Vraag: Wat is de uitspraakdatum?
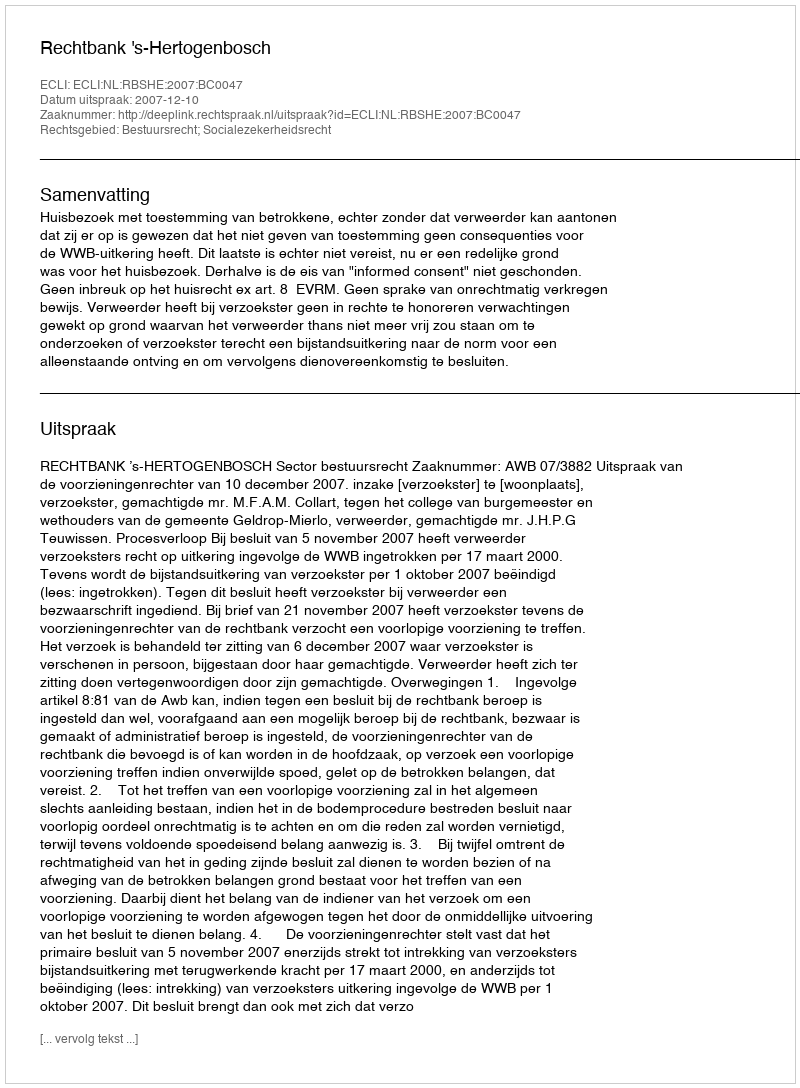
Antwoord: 2007-12-10